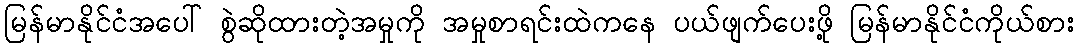
မြန်မာနိုင်ငံအပေါ် စွဲဆိုထားတဲ့အမှုကို အမှုစာရင်းထဲကနေ ပယ်ဖျက်ပေးဖို့ မြန်မာနိုင်ငံကိုယ်စား